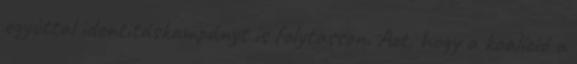
egyúttal identitáskampányt is folytasson. Azt, hogy a koalíció a